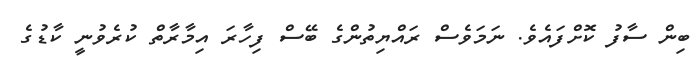
ބިން ސާފު ކޮށްފައެވެ. ނަމަވެސް ރައްޔިތުންގެ ބޭސް ފިހާރަ އިމާރާތް ކުރެވުނީ ކާޑުގެ